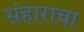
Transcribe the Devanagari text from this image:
संहाराचा